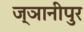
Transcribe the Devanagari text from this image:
ज्ञानीपुर